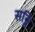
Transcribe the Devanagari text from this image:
सठ्ठि